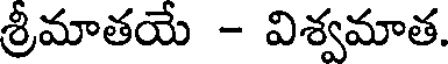
శ్రీమాతయే - విశ్వమాత.